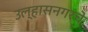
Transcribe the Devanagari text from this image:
उल्हासनगरचे